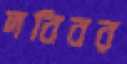
দবিবর